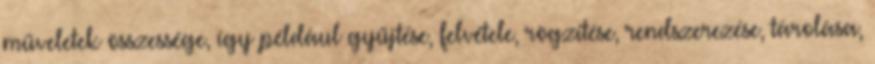
műveletek összessége, így például gyűjtése, felvétele, rögzítése, rendszerezése, tárolása,